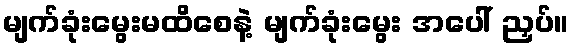
မျက်ခုံးမွေးမထိစေနဲ့ မျက်ခုံးမွေး အပေါ် ညှပ်။